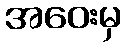
အဝေးမှ